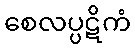
စေလပ္ပဋိကံ